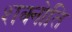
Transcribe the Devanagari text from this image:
शक्नोति